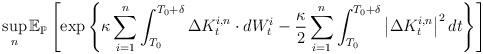
LaTeX: \begin{align*}\sup _{n} \mathbb{E}_{\mathbb{P}}\left[\exp \left\{\kappa \sum_{i=1}^{n} \int_{T_{0}}^{T_{0}+\delta} \Delta K_{t}^{i,n} \cdot d W_{t}^{i}-\frac{\kappa}{2}\sum_{i=1}^n \int_{T_{0}}^{T_{0}+\delta}\left|\Delta K_{t}^{i, n}\right|^{2} d t\right\}\right]\end{align*}